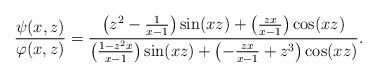
LaTeX: \begin{align*}\dfrac{\psi(x,z)}{\varphi(x,z)}=\dfrac{\left(z^2-\frac 1{x-1}\right)\sin(xz)+\left(\frac{zx}{x-1}\right)\cos(xz)}{\left(\frac{1-z^2x}{x-1}\right)\sin(xz)+\left(-\frac {zx}{x-1}+z^3\right)\cos (xz)}.\end{align*}